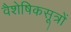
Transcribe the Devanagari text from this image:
वैशेषिकसूत्रों